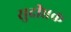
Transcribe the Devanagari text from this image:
सुदीप्तक